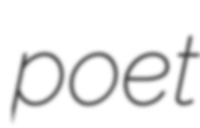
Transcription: poet